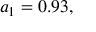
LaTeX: a _ { 1 } = 0 . 9 3 ,